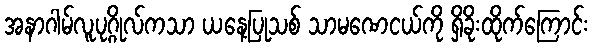
အနာဂါမ်လူပုဂ္ဂိုလ်ကသာ ယနေ့ပြုသစ် သာမဏေငယ်ကို ရှိခိုးထိုက်ကြောင်း